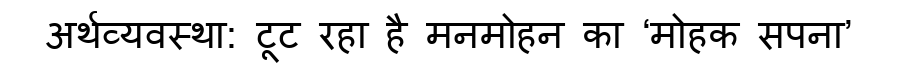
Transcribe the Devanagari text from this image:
अर्थव्यवस्था: टूट रहा है मनमोहन का ‘मोहक सपना’